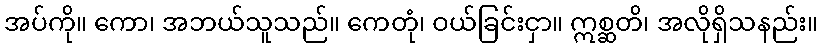
အပ်ကို။ ကော၊ အဘယ်သူသည်။ ကေတုံ၊ ဝယ်ခြင်းငှာ။ ဣစ္ဆတိ၊ အလိုရှိသနည်း။